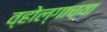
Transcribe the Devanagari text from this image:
व्होल्गाच्या